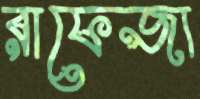
রাফেজা